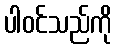
ပါဝင်သည်ကို